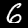
Label: 6